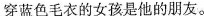
穿蓝色毛衣的女孩是他的朋友。